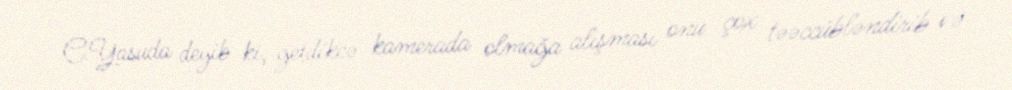
C.Yasuda deyib ki, getdikcə kamerada olmağa alışması onu çox təəccübləndirib və